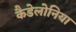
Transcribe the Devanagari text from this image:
कैडेलोनिया